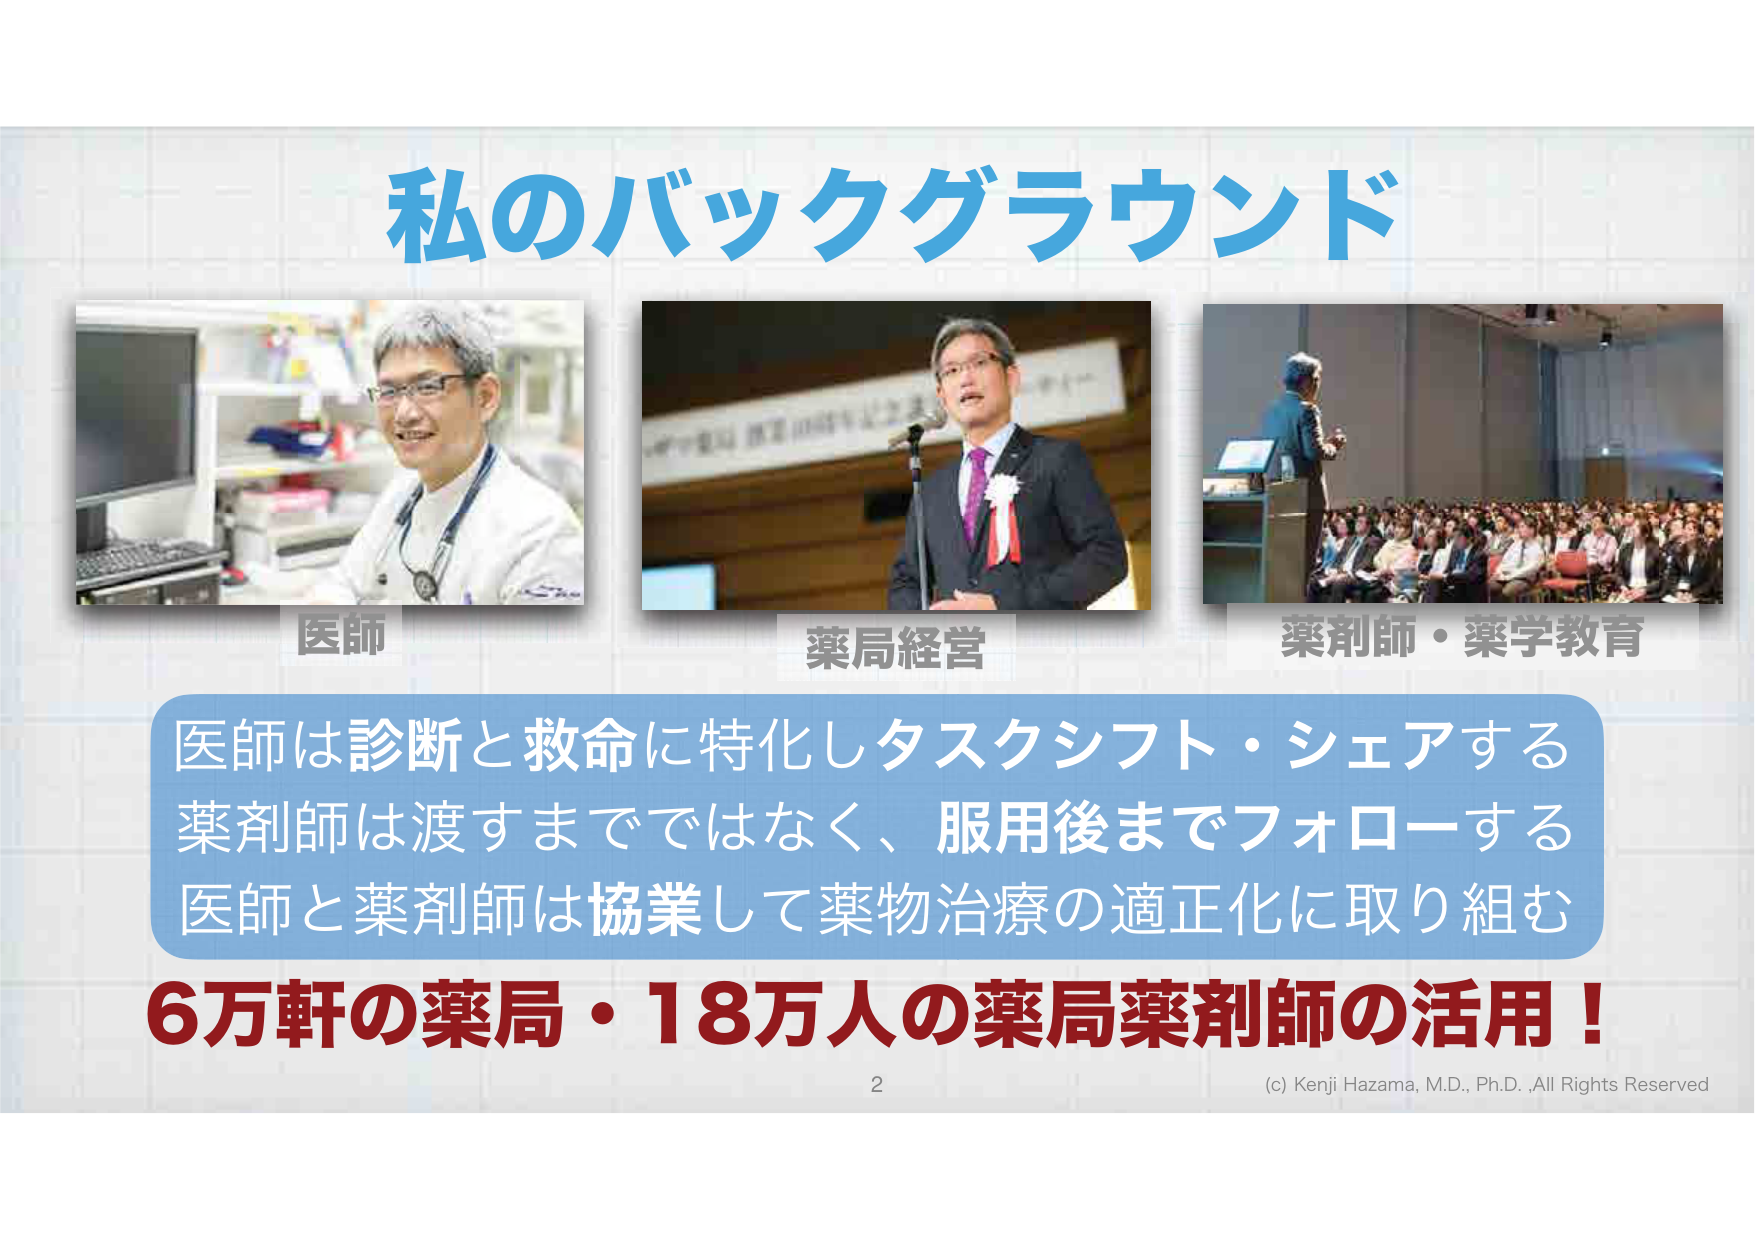
私のバックグラウンド

医師
薬局経営
薬剤師・薬学教育

医師は診断と救命に特化しタスクシフト・シェアする
薬剤師は渡すまでではなく、服用後までフォローする
医師と薬剤師は協業して薬物治療の適正化に取り組む
6万軒の薬局・18万人の薬局薬剤師の活用！

2
(c) Kenji Hazama, M.D., Ph.D., All Rights Reserved